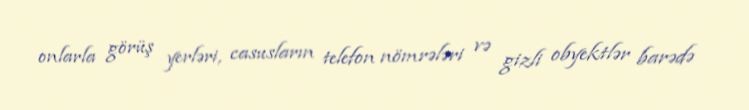
onlarla görüş yerləri, casusların telefon nömrələri və gizli obyektlər barədə